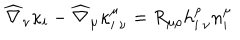
\widehat { \nabla } _ { \nu } \kappa _ { i } - \widehat { \nabla } _ { \mu } \kappa _ { i \: \nu } ^ { \mu } = R _ { \mu \rho } h _ { i \: \nu } ^ { \rho } n _ { i } ^ { \mu }